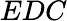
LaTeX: EDC